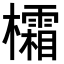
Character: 𪴜